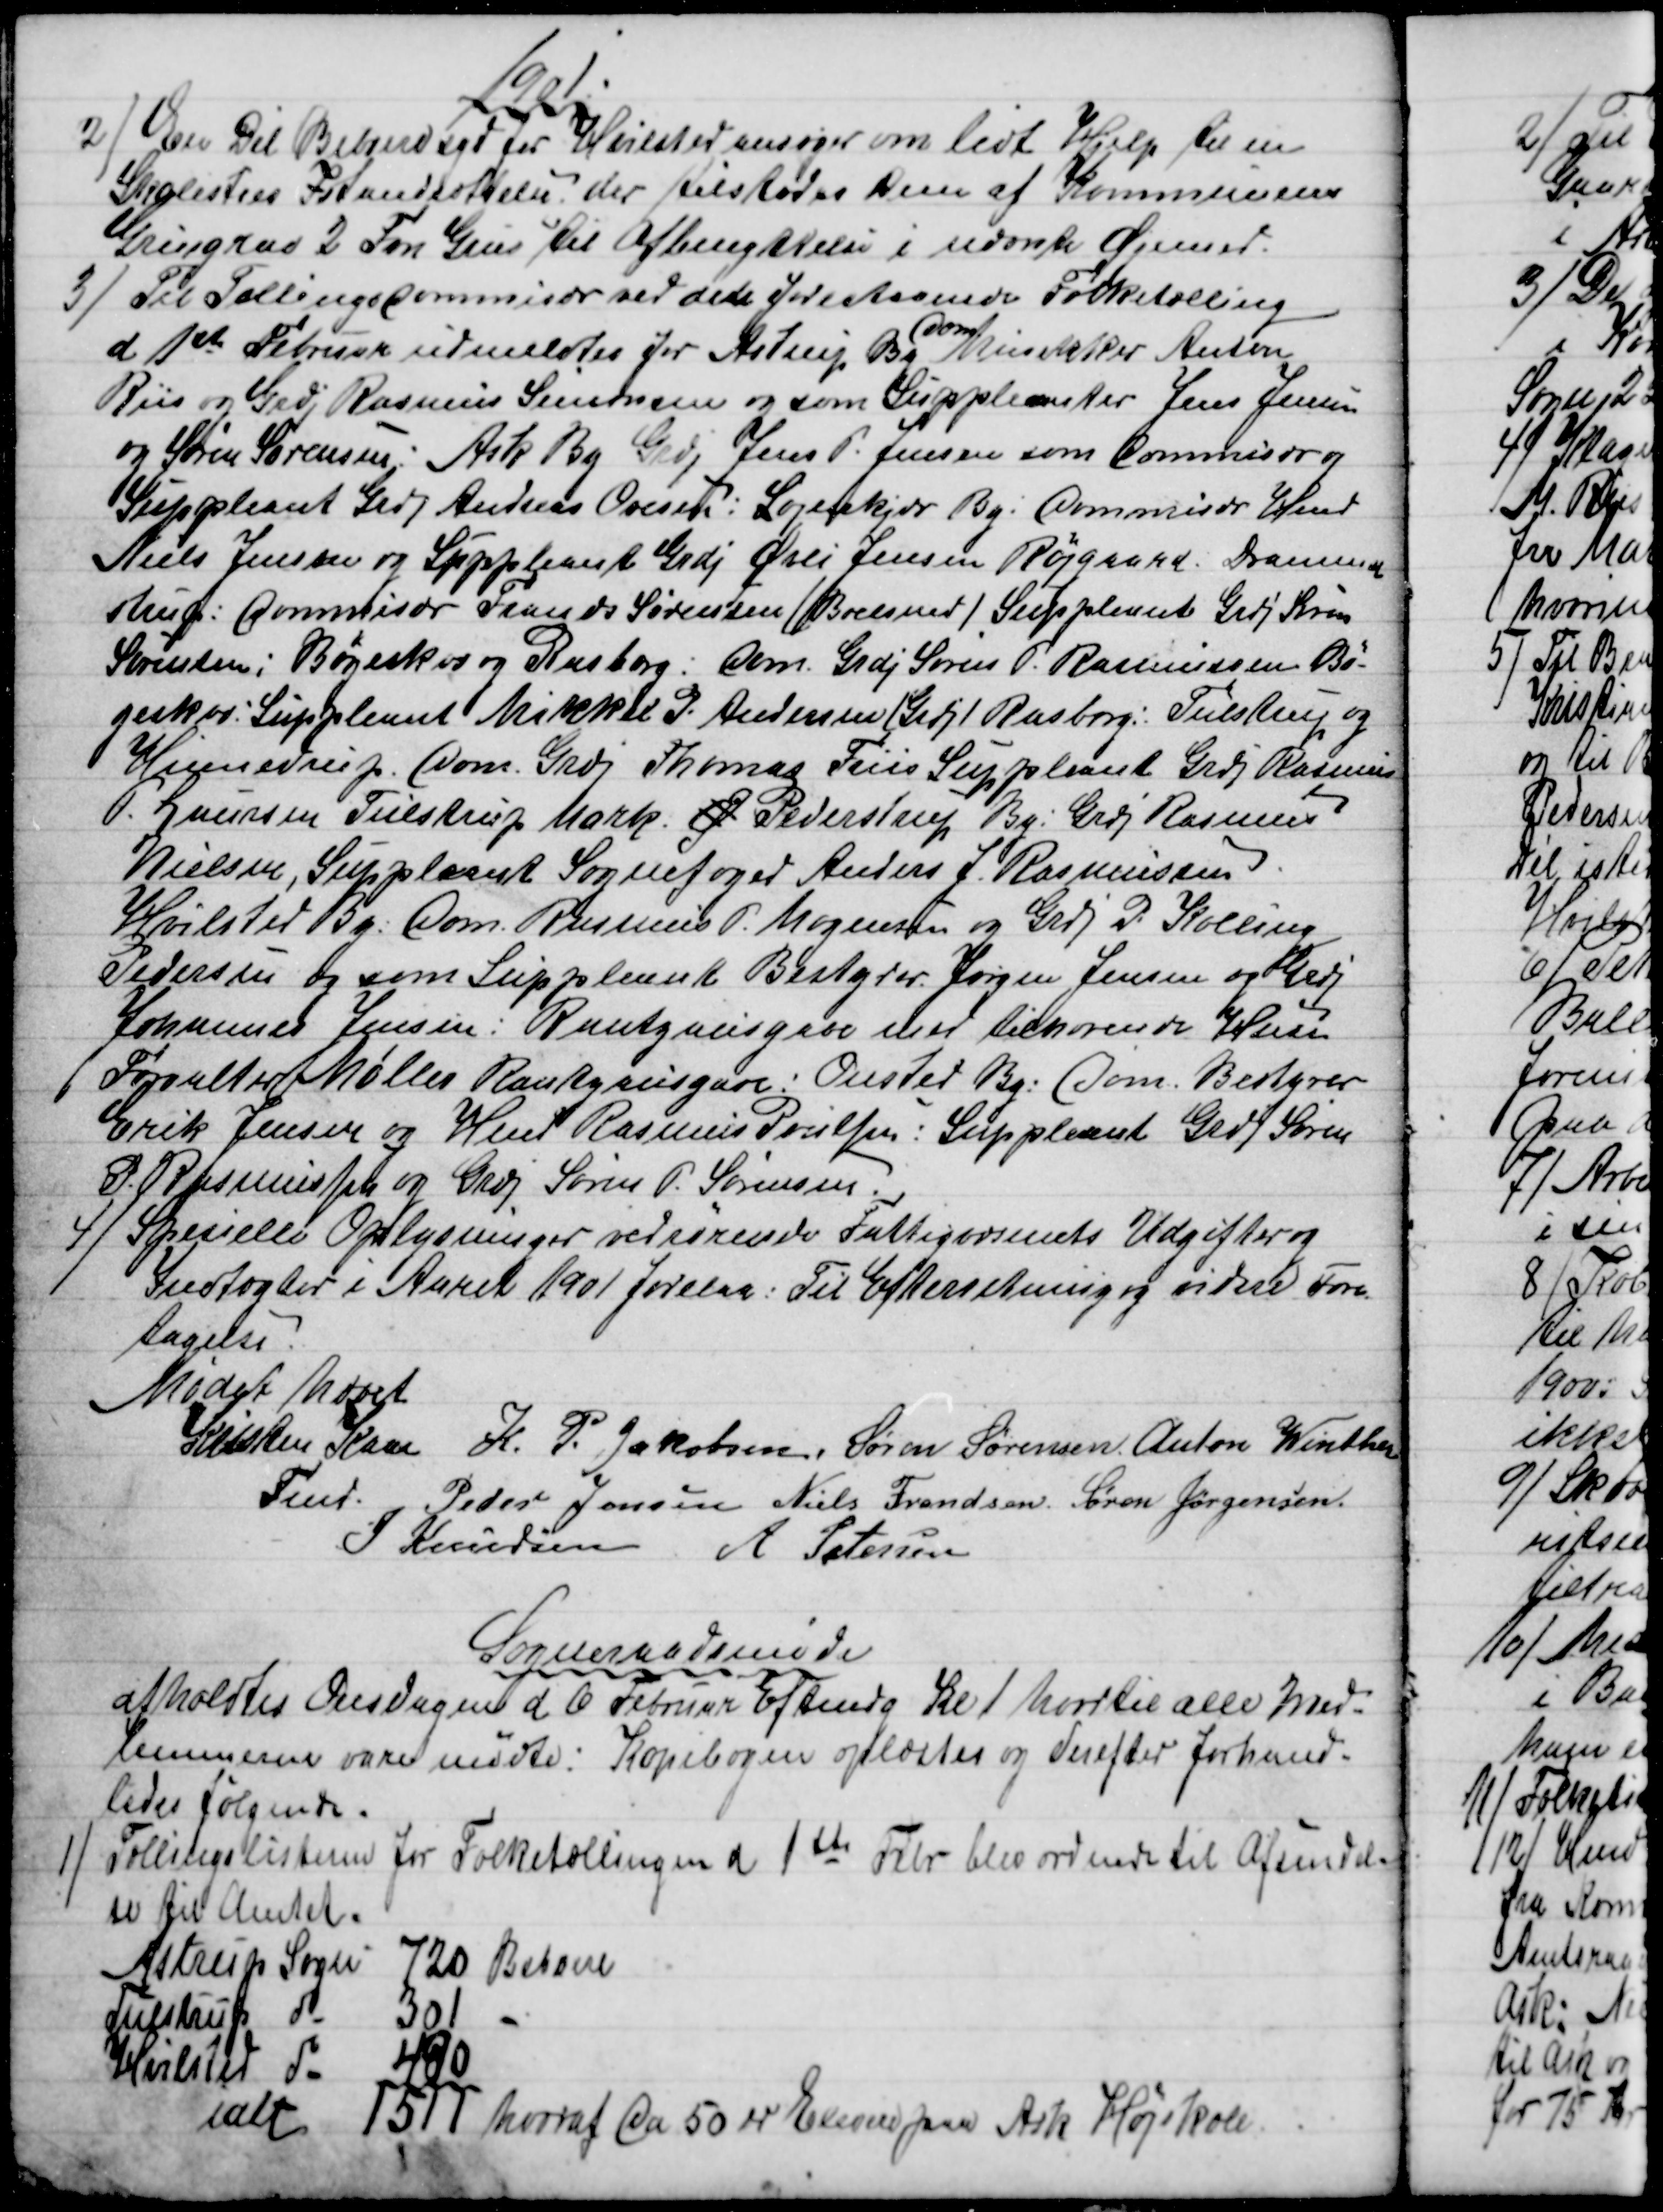
Transskription:
1901.
2) 
En Dél Beboere syd for Hvilsted ansøger om lidt Hjelp til en
Skolesties Istandsættelse; der tilstodes Dem af Kommunens
Grusgrav 2 Fvn Grus til Afbenyttelse i nævnte Øjemed.
3) 
Til Tællingscommisær ved den forestaaende Folketælling
d 1ste Februar udmeldtes for Astrup By 
com.
Musikker Anton
Riis og Grdj. Rasmus Sørensen og som Suppleanter Jens Jensen
og Søren Sørensen Ask By Grdj Jens P. Jensen som Commisær og
Suppleant Grdj Andreas Ovesen: Løjenkjær By: Commisær Hmd
Niels Jensen og Suppleant Grdj Øvli Jensen Røjgaard, Drammel
strup: Commisær Frands Sørensen (Boelsmd) Suppleant Grdj Søren
Sørensen; Bøgeskov og Rasborg:  Com. Grdj Søren P. Rasmussen Bø-
geskov: Suppleant Mikkel P. Andersen (Grdj) Rasborg: Tulstrup og
Hinnedrup. Com. Grdj Thomas Friis Suppleant Grdj Rasmus
P. Laursen Tulstrup Mark. Ø Pederstrup By: Grdj Rasmus
Nielsen, Suppleant Sognefoged Anders J Rasmussen
Hvilsted By: Com. Rasmus P. Mogensen og Grdj P. Kolling
Pedersen og som Suppleant Bestyrer Jørgen Jensen og Grdj
Johannes Jensen: Rantzausgave med tilhørende Huse
Forvalter Møller Rantzausgave: Onsted By: Com. Bestyrer
Erik Jensen og Hmd Rasmus Poulsen: Suppleant Grdj Søren
P. Rasmussen og Grdj Søren P. Sørensen.
4)
Specielle Oplysninger vedrørende Fattigvæsenets Udgifter og
Indtægter i Aaret 1901 forelaa. Til Efterretning og videre Fore-
tagelse.
Mødet hævet
Kristen Kaae
Fmd. 
K. P. Jakobsen Søren Sørensen Anton Winther
Peder Jensen Niels Frandsen Søren Jørgensen.
J Knudsen A. Petersen
Sogneraadsmøde
afholdtes Onsdagen d 6 Februar Eftmdg Kl 1 hvortil alle Med-
lemmerne vare mødte. Kopibogen oplæstes og derefter Forhand-
ledes følgende.
1)
Tællingslisterne for Folketællingen d 1ste Febr blev ordnede til Afsendel-
se til Amtet.
Astrup Sogn
720 Beboere
Tulstrup do
301
Hvilsted do
490
ialt
1511 hvoraf Ca 50 er Elever paa Ask Højskole.